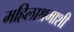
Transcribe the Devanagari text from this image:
महिलाश्रमाशी